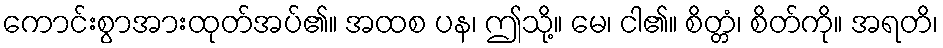
ကောင်းစွာအားထုတ်အပ်၏။ အထစ ပန၊ ဤသို့။ မေ၊ ငါ၏။ စိတ္တံ၊ စိတ်ကို။ အရတိ၊